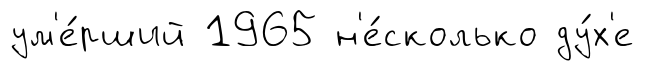
ум'е́рший 1965 н'е́сколько ду́х'е